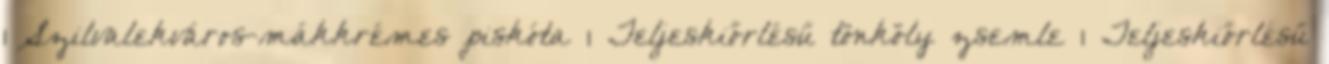
1 Szilvalekváros-mákkrémes piskóta 1 Teljeskiőrlésű tönköly zsemle 1 Teljeskiőrlésű